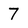
Character: 7